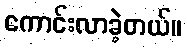
ကောင်းလာခဲ့တယ်။